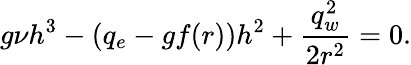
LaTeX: g\nu h^{3}-(q_{e}-gf(r))h^{2}+\displaystyle\frac{q_{w}^{2}}{2r^{2}}=0.